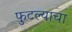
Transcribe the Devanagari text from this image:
फुटल्याचा